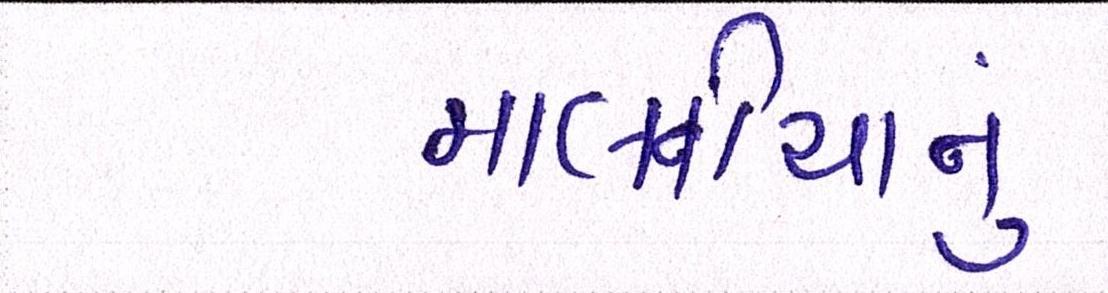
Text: માલવીયાનું